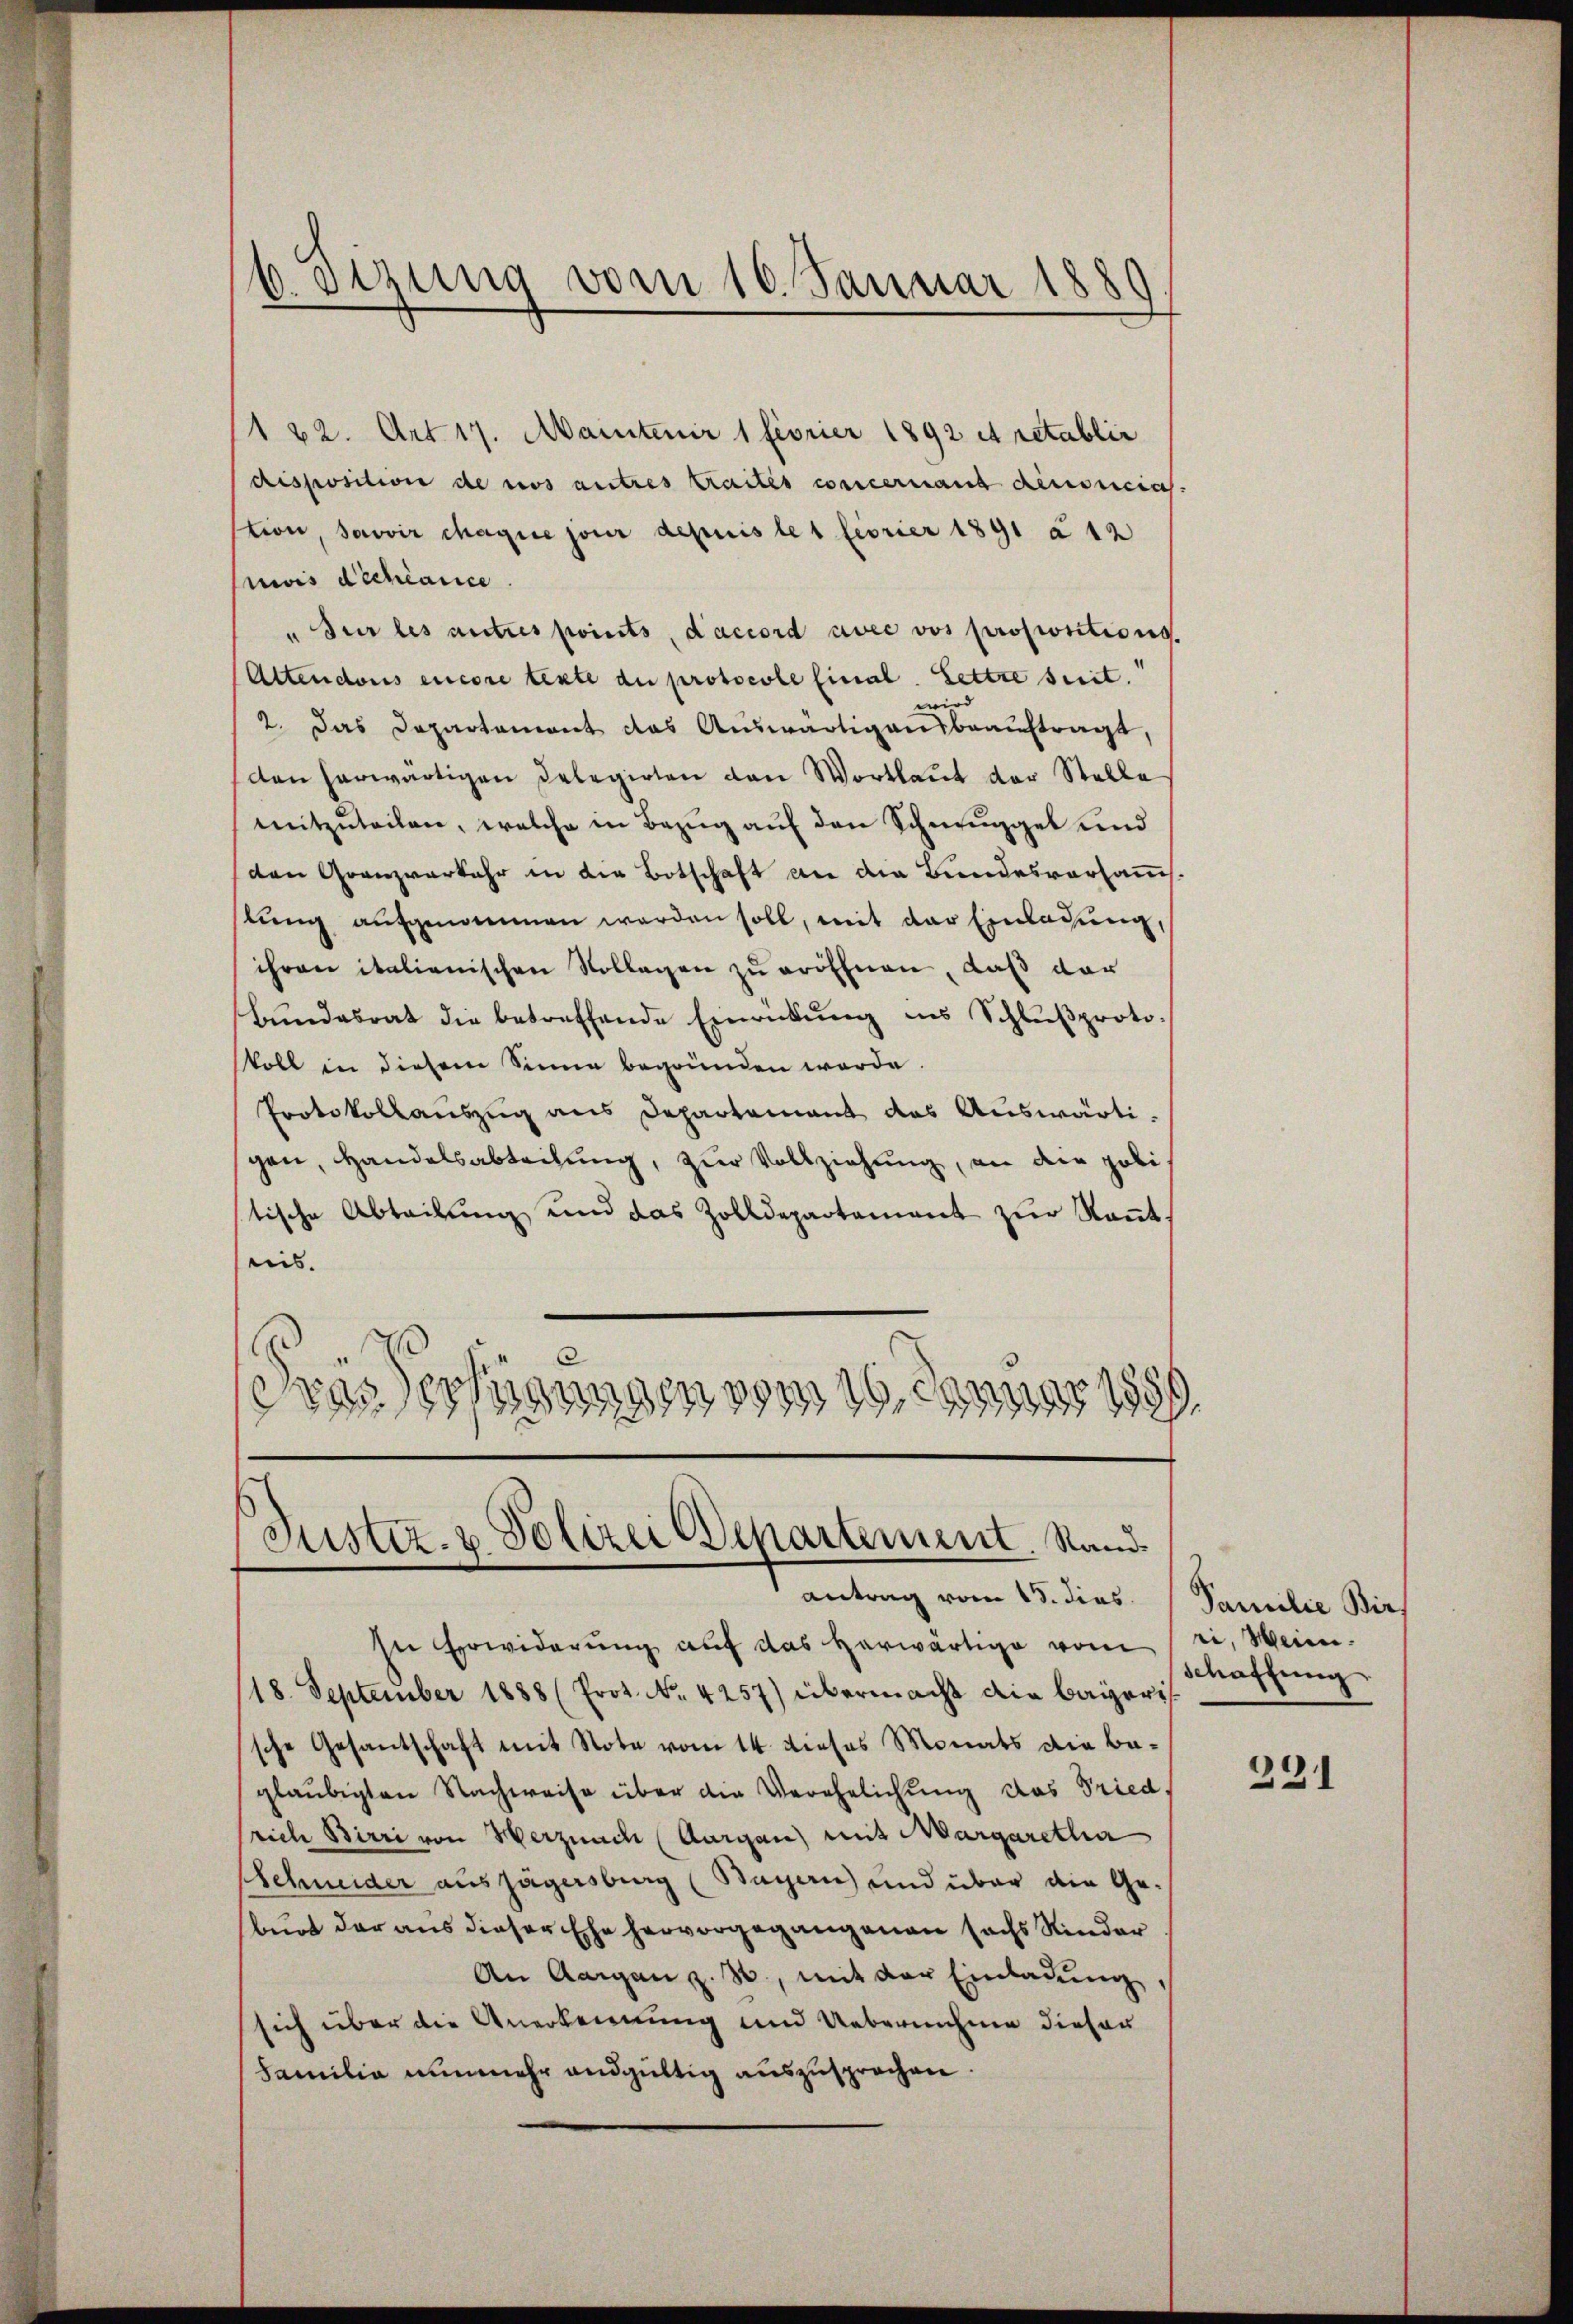
b. Otzung vom 10. Januar 1889

122. Art. 17. Martenir 1 feorier 1892 et retablir
disposition de ros autres traités concernand densacias.
tion, savoir chaque jour depuis les feorier 1891 à 12
mois dichiance
" der les autres points, d’accord avec vos propositions.
Attendoris encore texte du protocole final. Lettre seit.
wird
2. Das Departement das Auswärtigensbeauftragt,
den herwärtigen Delegirten den Wortlaut der Stelle
mitzŭteilen, welche in Bezug auf den Schmuggel und
den Granzverkehr in der Botschaft an die Bundesvorsamms.
lung aufgenommen werden soll, mit der Einladung,
ihren italienischen Vollegen zu eröffnen, daß dar
bŭndesrat die betreffende Einrückŭng ins Schlŭβproto-
koll in diesem Sinne begründen werde.
Protokollauszug aus Departement das Auswärtigen, Handelsabteilung, zur Vollziehung, an die poli
tische Abteilung und das Zolldepartement zŭr Kant.
nis.
Fras erfügungen
ng 1889

Justiz- & Polizei Departement. Stand
antrag vom 18. dies

In Erwiderung auf das herwärtige vom
18. September 1888 (Prot. No. 4257) übermacht die Bayeris
sche Gesantschaft mit Note vom 14. dieses Monats die be-
glaubigten Nachweise über die Verehelichung das Pried,
rich Birri von Herznach (Aargau) mit Margaretha
Schneider ausjägersburg (Bayern) und über die Geburt der aus dieser Ehe hervorgegangenen sachs Kinder
An Aargau z. B., mit der Einladŭng,
sich über die Anerkennung und Uebernahme dieser
Familia nunmehr andgültig auszusprechen.

Familie Bir
ri, Mein
schaffung

321